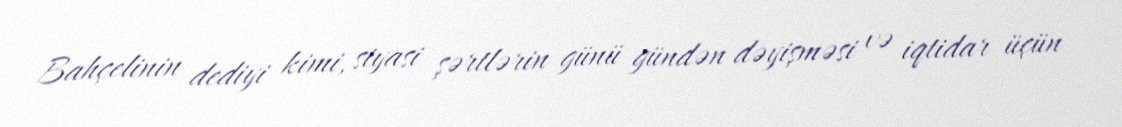
Bahçelinin dediyi kimi, siyasi şərtlərin günü gündən dəyişməsi və iqtidar üçün